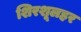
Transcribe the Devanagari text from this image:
शिरशूलहर